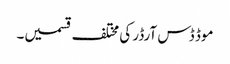
موڈ ڈس آرڈر کی مختلف قسمیں۔